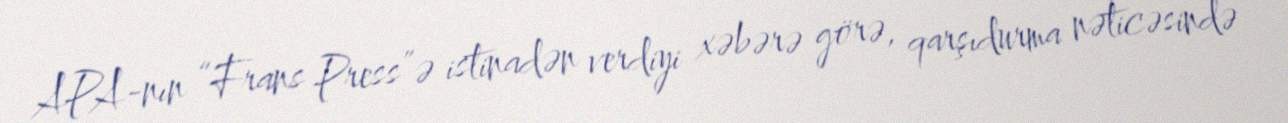
APA-nın “Frans Press”ə istinadən verdiyi xəbərə görə, qarşıdurma nəticəsində